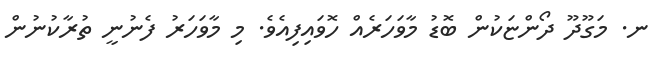
ނ. މަގޫދޫ ދޯންޏަކުން ބޮޑު މާވަހަރެއް ހޮވައިފިއެވެ. މި މާވަހަރު ފެނުނީ ތުރާކުނުން